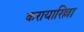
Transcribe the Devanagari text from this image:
करायारिल्ला